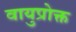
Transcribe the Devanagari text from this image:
वायुप्रोक्त